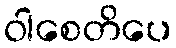
ဝါစေတိပေ